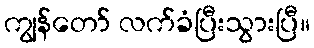
ကျွန်တော် လက်ခံပြီးသွားပြီ။